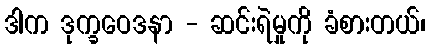
ဒါက ဒုက္ခဝေဒနာ - ဆင်းရဲမှုကို ခံစားတယ်၊